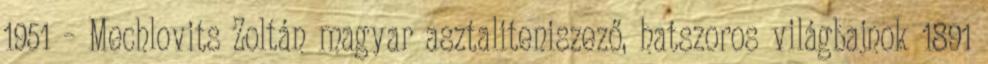
1951 – Mechlovits Zoltán magyar asztaliteniszező, hatszoros világbajnok 1891